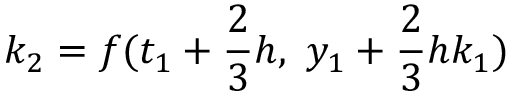
k _ { 2 } = f ( t _ { 1 } + { \frac { 2 } { 3 } } h , \ y _ { 1 } + { \frac { 2 } { 3 } } h k _ { 1 } )